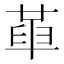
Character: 𠦶